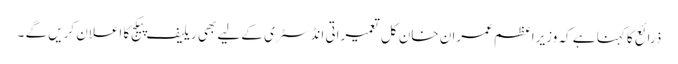
ذرائع کا کہنا ہے کہ وزیراعظم عمران خان کل تعمیراتی انڈسٹری کے لیے بھی ریلیف پیکج کا اعلان کریں گے ۔